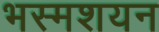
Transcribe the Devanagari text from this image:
भस्मशयन